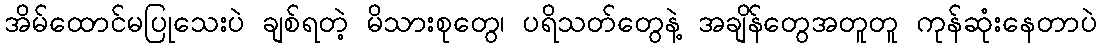
အိမ်ထောင်မပြုသေးပဲ ချစ်ရတဲ့ မိသားစုတွေ၊ ပရိသတ်တွေနဲ့ အချိန်တွေအတူတူ ကုန်ဆုံးနေတာပဲ